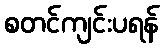
စတင်ကျင်းပရန်